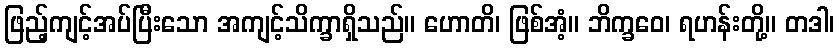
ဖြည့်ကျင့်အပ်ပြီးသော အကျင့်သိက္ခာရှိသည်။ ဟောတိ၊ ဖြစ်အံ့။ ဘိက္ခဝေ၊ ရဟန်းတို့။ တဒါ၊